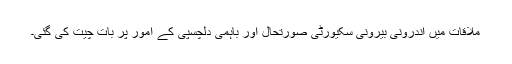
ملاقات میں اندرونی بیرونی سکیورٹی صورتحال اور باہمی دلچسپی کے امور پر بات چیت کی گئی۔